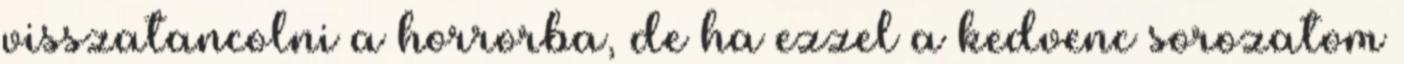
visszatancolni a horrorba, de ha ezzel a kedvenc sorozatom